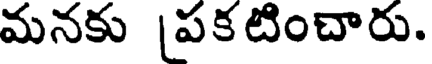
మనకు |పకటించారు.